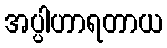
အပ္ပါဟာရတာယ